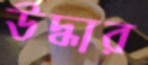
উদ্ধার